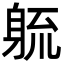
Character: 𮜱